Report of the Municipal Commissioner on the plague in Bombay for the year ending 31st May... - Volume 2
Disease focus: Plague
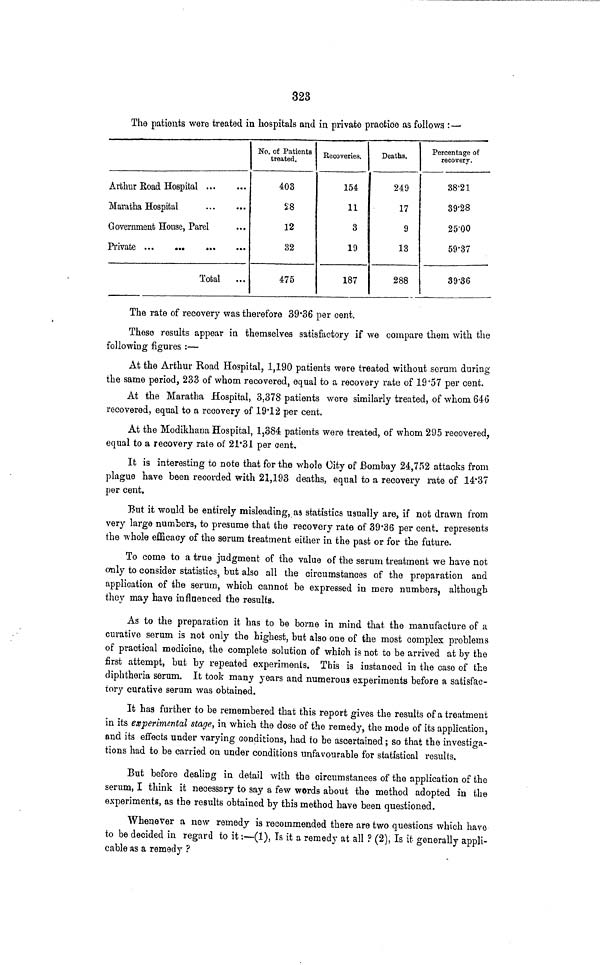
323
The patients were treated in hospitals and in private practice as follows : —
Arthur Road Hospital
Maratha Hospital
Government House, Parel
Private
Total
No. of Patients
treated.
403
28
12
32
475
Recoveries.
154
11
3
19
187
Deaths.
249
17
9
13
288
Percentage of
recovery.
38.21
39'28
2500
59.37
39.36
The rate of recovery was therefore 39.36 per cent.
These results appear in themselves satisfactory if we compare them with the
following figures :—
At the Arthur Road Hospital, 1,190 patients were treated without serum during
the same period, 233 of whom recovered, equal to a recovery rate of 19.57 per cent.
At the Maratha Hospital, 3,378 patients were similarly treated, of whom 646
recovered, equal to a recovery of 19.12 per cent.
At the Modikhana Hospital, 1,384 patients were treated, of whom 295 recovered,
equal to a recovery rate of 21.31 per cent.
It is interesting to note that for the whole City of Bombay 24,752 attacks from
plague have been recorded with 21,193 deaths, equal to a recovery rate of 14.37
per cent.
But it would be entirely misleading, as statistics usually are, if not drawn from
very large numbers, to presume that the recovery rate of 39.36 per cent. represents
the whole efficacy of the serum treatment either in the past or for the future.
To come to a true judgment of the value of the serum treatment we have not
only to consider statistics, but also all the circumstances of the preparation and
application of the serum, which cannot be expressed in mere numbers, although
they may have influenced the results.
As to the preparation it has to be borne in mind that the manufacture of a
curative serum is not only the highest, but also one of the most complex problems
of practical medicine, the complete solution of which is not to be arrived at by the
first attempt, but by repeated experiments. This is instanced in the case of the
diphtheria serum. It took many years and numerous experiments before a satisfac-
tory curative serum was obtained.
It has further to be remembered that this report gives the results of a treatment
in its experimental stage, in which the dose of the remedy, the mode of its application,
and its effects under varying conditions, had to be ascertained ; so that the investiga-
tions had to be carried on under conditions unfavourable for statistical results.
But before dealing in detail with the circumstances of the application of the
serum, I think it necessary to say a few words about the method adopted in the
experiments, as the results obtained by this method have been questioned.
Whenever a new remedy is recommended there are two questions which have
to be decided in regard to it :—(1), Is it a remedy at all ? (2), Is it generally appli-
cable as a remedy ?